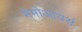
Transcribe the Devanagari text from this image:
मेमोआयर्स